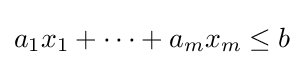
a_{1}x_{1}+\cdots +a_{m}x_{m}\leq b